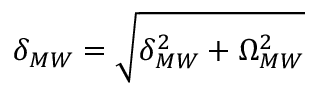
\delta _ { M W } = \sqrt { \delta _ { M W } ^ { 2 } + \Omega _ { M W } ^ { 2 } }